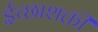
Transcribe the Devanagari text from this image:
ईच्छाशक्ती